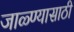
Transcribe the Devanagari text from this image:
जाळ्ण्यासाठी